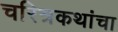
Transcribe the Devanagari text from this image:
चरित्रकथांचा